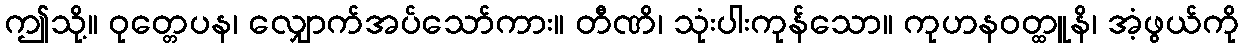
ဤသို့။ ဝုတ္တေပန၊ လျှောက်အပ်သော်ကား။ တီဏိ၊ သုံးပါးကုန်သော။ ကုဟနဝတ္ထူနိ၊ အံ့ဖွယ်ကို